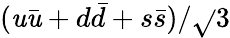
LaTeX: (\mathit{u}\bar{{\mathit{u}}}+d\bar{{d}}+s\bar{{s}})/\sqrt{}{{3}}